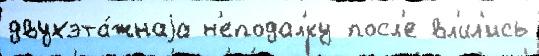
двухэта́жнаjа н'еподал'́ку посл'е вл'ил'ись